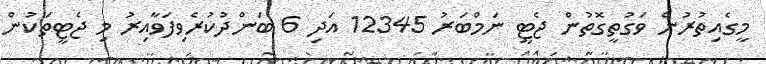
މީގެއިތުރުން ވަގުތީގޮތުން ޖެޓީ ނަމްބަރު 12345 އަދި 6 ބަންދުކުރެވިފަވާއިރު މި ޖެޓީތަކުން